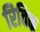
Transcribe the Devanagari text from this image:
रिविक